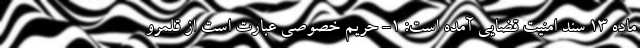
ماده ۱۳ سند امنیت قضایی آمده است: ۱- حریم خصوصی عبارت است از قلمرو